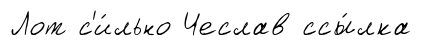
Лот с'и́льно Чеслав ссы́лка